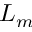
L _ { m }